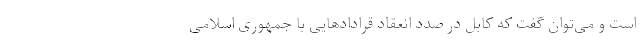
است و می‌توان گفت که کابل در صدد انعقاد قراداد‌هایی با جمهوری اسلامی